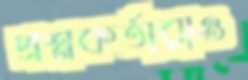
প্রশ্নকর্তারাও